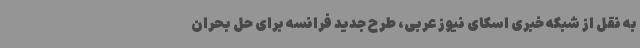
به نقل از شبکه خبری اسکای نیوز عربی، طرح جدید فرانسه برای حل بحران